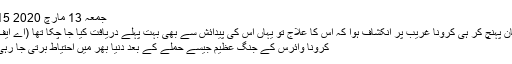
جمعہ 13 مارچ 2020 23:15
پاکستان پہنچ کر ہی کرونا غریب پر انکشاف ہوا کہ اُس کا علاج تو یہاں اُس کی پیدائش سے بھی بہت پہلے دریافت کیا جا چکا تھا (اے ایف پی)
کرونا وائرس کے جنگِ عظیم جیسے حملے کے بعد دنیا بھر میں احتیاط برتی جا رہی ہے۔